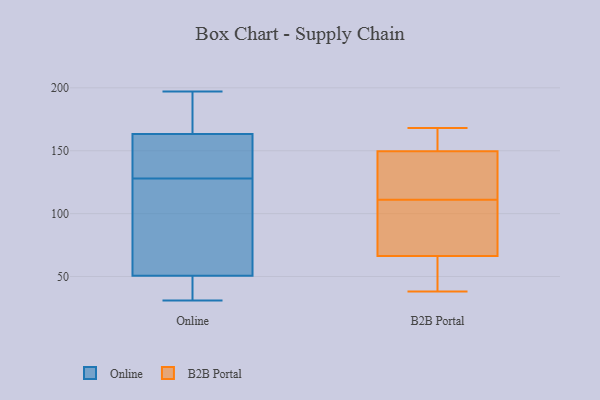
{"axis": {"x": "Temperature (°C)", "y": "Value"}, "legend": ["B2B Portal", "Online"], "data": [{"x": "", "y": 173, "type": "Online"}, {"x": "", "y": 185, "type": "Online"}, {"x": "", "y": 161, "type": "Online"}, {"x": "", "y": 158, "type": "Online"}, {"x": "", "y": 38, "type": "Online"}, {"x": "", "y": 197, "type": "Online"}, {"x": "", "y": 31, "type": "Online"}, {"x": "", "y": 43, "type": "Online"}, {"x": "", "y": 128, "type": "Online"}, {"x": "", "y": 75, "type": "Online"}, {"x": "", "y": 161, "type": "Online"}, {"x": "", "y": 53, "type": "Online"}, {"x": "", "y": 66, "type": "Online"}, {"x": "", "y": 133, "type": "Online"}, {"x": "", "y": 170, "type": "Online"}, {"x": "", "y": 112, "type": "Online"}, {"x": "", "y": 42, "type": "Online"}, {"x": "", "y": 68, "type": "B2B Portal"}, {"x": "", "y": 164, "type": "B2B Portal"}, {"x": "", "y": 121, "type": "B2B Portal"}, {"x": "", "y": 130, "type": "B2B Portal"}, {"x": "", "y": 146, "type": "B2B Portal"}, {"x": "", "y": 75, "type": "B2B Portal"}, {"x": "", "y": 85, "type": "B2B Portal"}, {"x": "", "y": 38, "type": "B2B Portal"}, {"x": "", "y": 133, "type": "B2B Portal"}, {"x": "", "y": 91, "type": "B2B Portal"}, {"x": "", "y": 59, "type": "B2B Portal"}, {"x": "", "y": 61, "type": "B2B Portal"}, {"x": "", "y": 164, "type": "B2B Portal"}, {"x": "", "y": 168, "type": "B2B Portal"}, {"x": "", "y": 60, "type": "B2B Portal"}, {"x": "", "y": 111, "type": "B2B Portal"}, {"x": "", "y": 160, "type": "B2B Portal"}]}